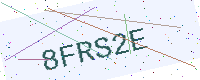
Text: 8FRS2E